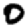
Digit: 0